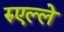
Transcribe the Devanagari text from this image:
रुएल्ले